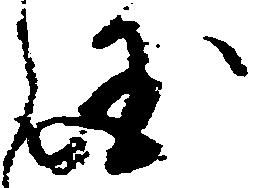
国